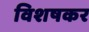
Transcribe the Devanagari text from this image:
विशषकर